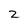
Character: 2